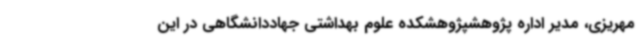
مهریزی، مدیر اداره پژوهشپژوهشکده علوم بهداشتی جهاددانشگاهی در این